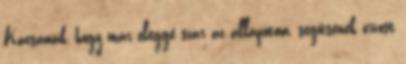
Kacsának, hogy már eléggé szar az állapotom, segítsenek orvost